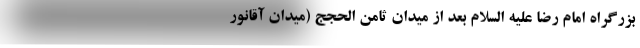
بزرگراه امام رضا علیه السلام بعد از میدان ثامن الحجج (میدان آقانور